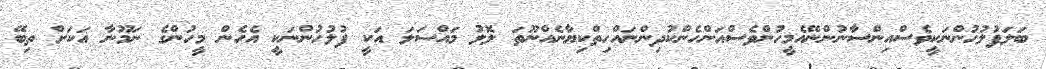
ބަލަފުލުހުންނަކީވެސްއިންސާނުންނޭއެމީހުންވެސްއަންހެންކުދިންނައްހިތްކިޔާނެއްނޫތަ ލޮލު މައްސަލަ އަކީ ފުލުހުންނަކީ އެހެން މީހުންގެ ނަމޫނާ އަކަށް ތިބޭ